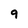
Character: 9